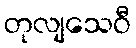
တုလျသေဝီ